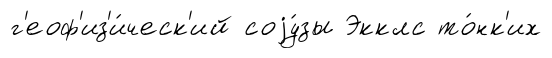
г'еоф'из'и́ческ'ий соjу́зы Экклс то́нк'их